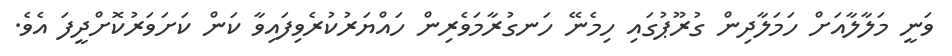
ވަނީ މަލާލާއަށް ހަމަލާދިން ގުރޫޕުގައި ހިމެނޭ ހަނގުރާމަވެރިން ހައްޔަރުކުރެވިފައިވާ ކަން ކަށަވަރުކޮށްދީފަ އެވެ.